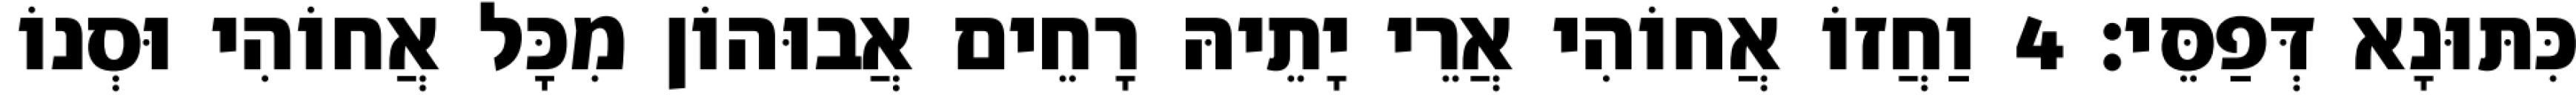
כִּתּוּנָא דְּפַסֵּי׃ 4 וַחֲזוֹ אֲחוֹהִי אֲרֵי יָתֵיהּ רָחֵים אֲבוּהוֹן מִכָּל אֲחוֹהִי וּסְנוֹ